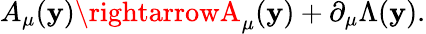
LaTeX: A_{\mu}(\mathbf{y})\rightarrowA_{\mu}(\mathbf{y})+\partial_{\mu}\Lambda(\mathbf{y}).